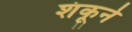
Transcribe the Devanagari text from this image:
शंकूने